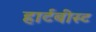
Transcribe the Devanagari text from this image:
हार्टबीस्ट